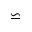
\backsimeq